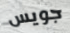
جويس